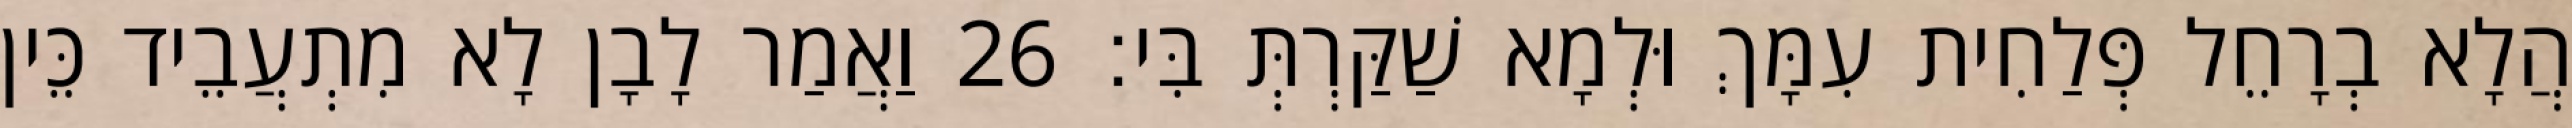
הֲלָא בְרָחֵל פְּלַחִית עִמָּךְ וּלְמָא שַׁקַּרְתְּ בִּי׃ 26 וַאֲמַר לָבָן לָא מִתְעֲבֵיד כֵּין